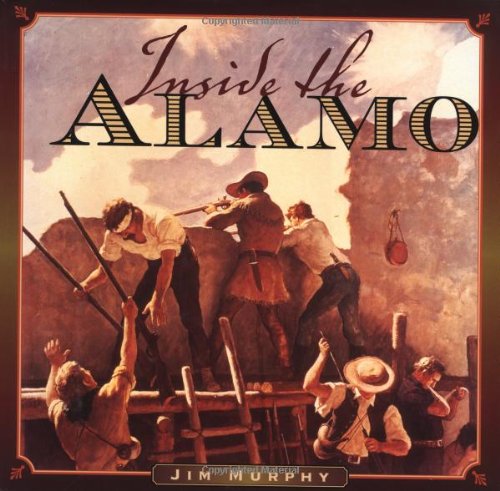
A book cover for Inside The Alamo; Jim Murphy; Children's Books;